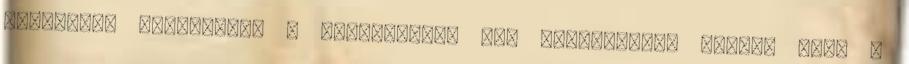
gazdasági összeomlás a félelmükkel van megalapozva azzal, amit a